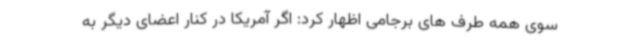
سوی همه طرف های برجامی اظهار کرد: اگر آمریکا در کنار اعضای دیگر به